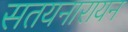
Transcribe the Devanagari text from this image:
सतयनारायन